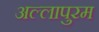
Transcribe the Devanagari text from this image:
अल्लापुरम